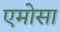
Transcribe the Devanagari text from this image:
एमोसा